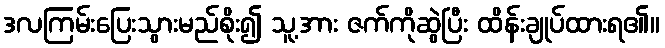
ဒလကြမ်းပြေးသွားမည်စိုး၍ သူ့အား ဇက်ကိုဆွဲပြီး ထိန်းချုပ်ထားရ၏။